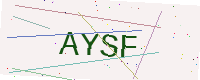
Text: AYSF